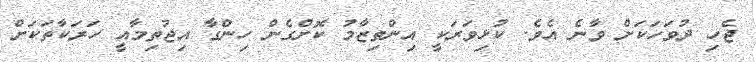
ޖެހި ދުވަހަކަށް ވާނެ އެވެ. ކުޅިވަރަކީ އިންތިޒާމު ކޮށްގެން ހިންގާ އިޖުތިމާއީ ހަރަކާތަކަށް